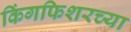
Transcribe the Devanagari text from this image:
किंगफिशरच्या